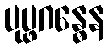
ပုပ္ဖဂန္ဓေန